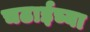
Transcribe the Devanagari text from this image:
चढाईच्या